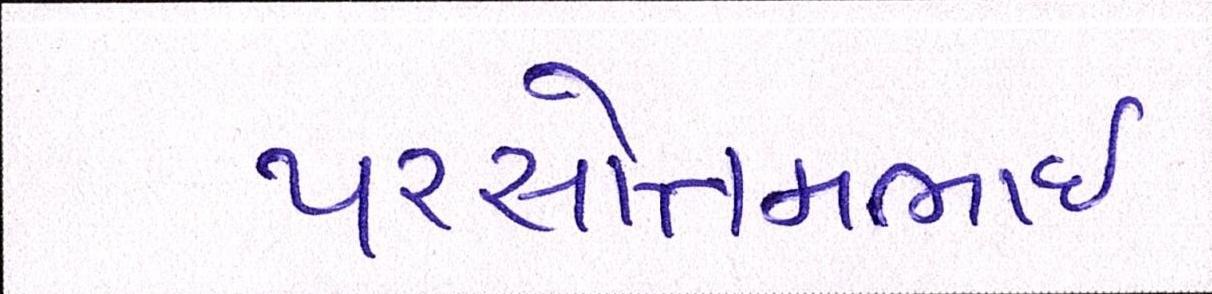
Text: પરસોત્તમભાઈ